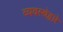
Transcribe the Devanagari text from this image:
व्यवस्थेद्वारे